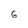
Character: 6